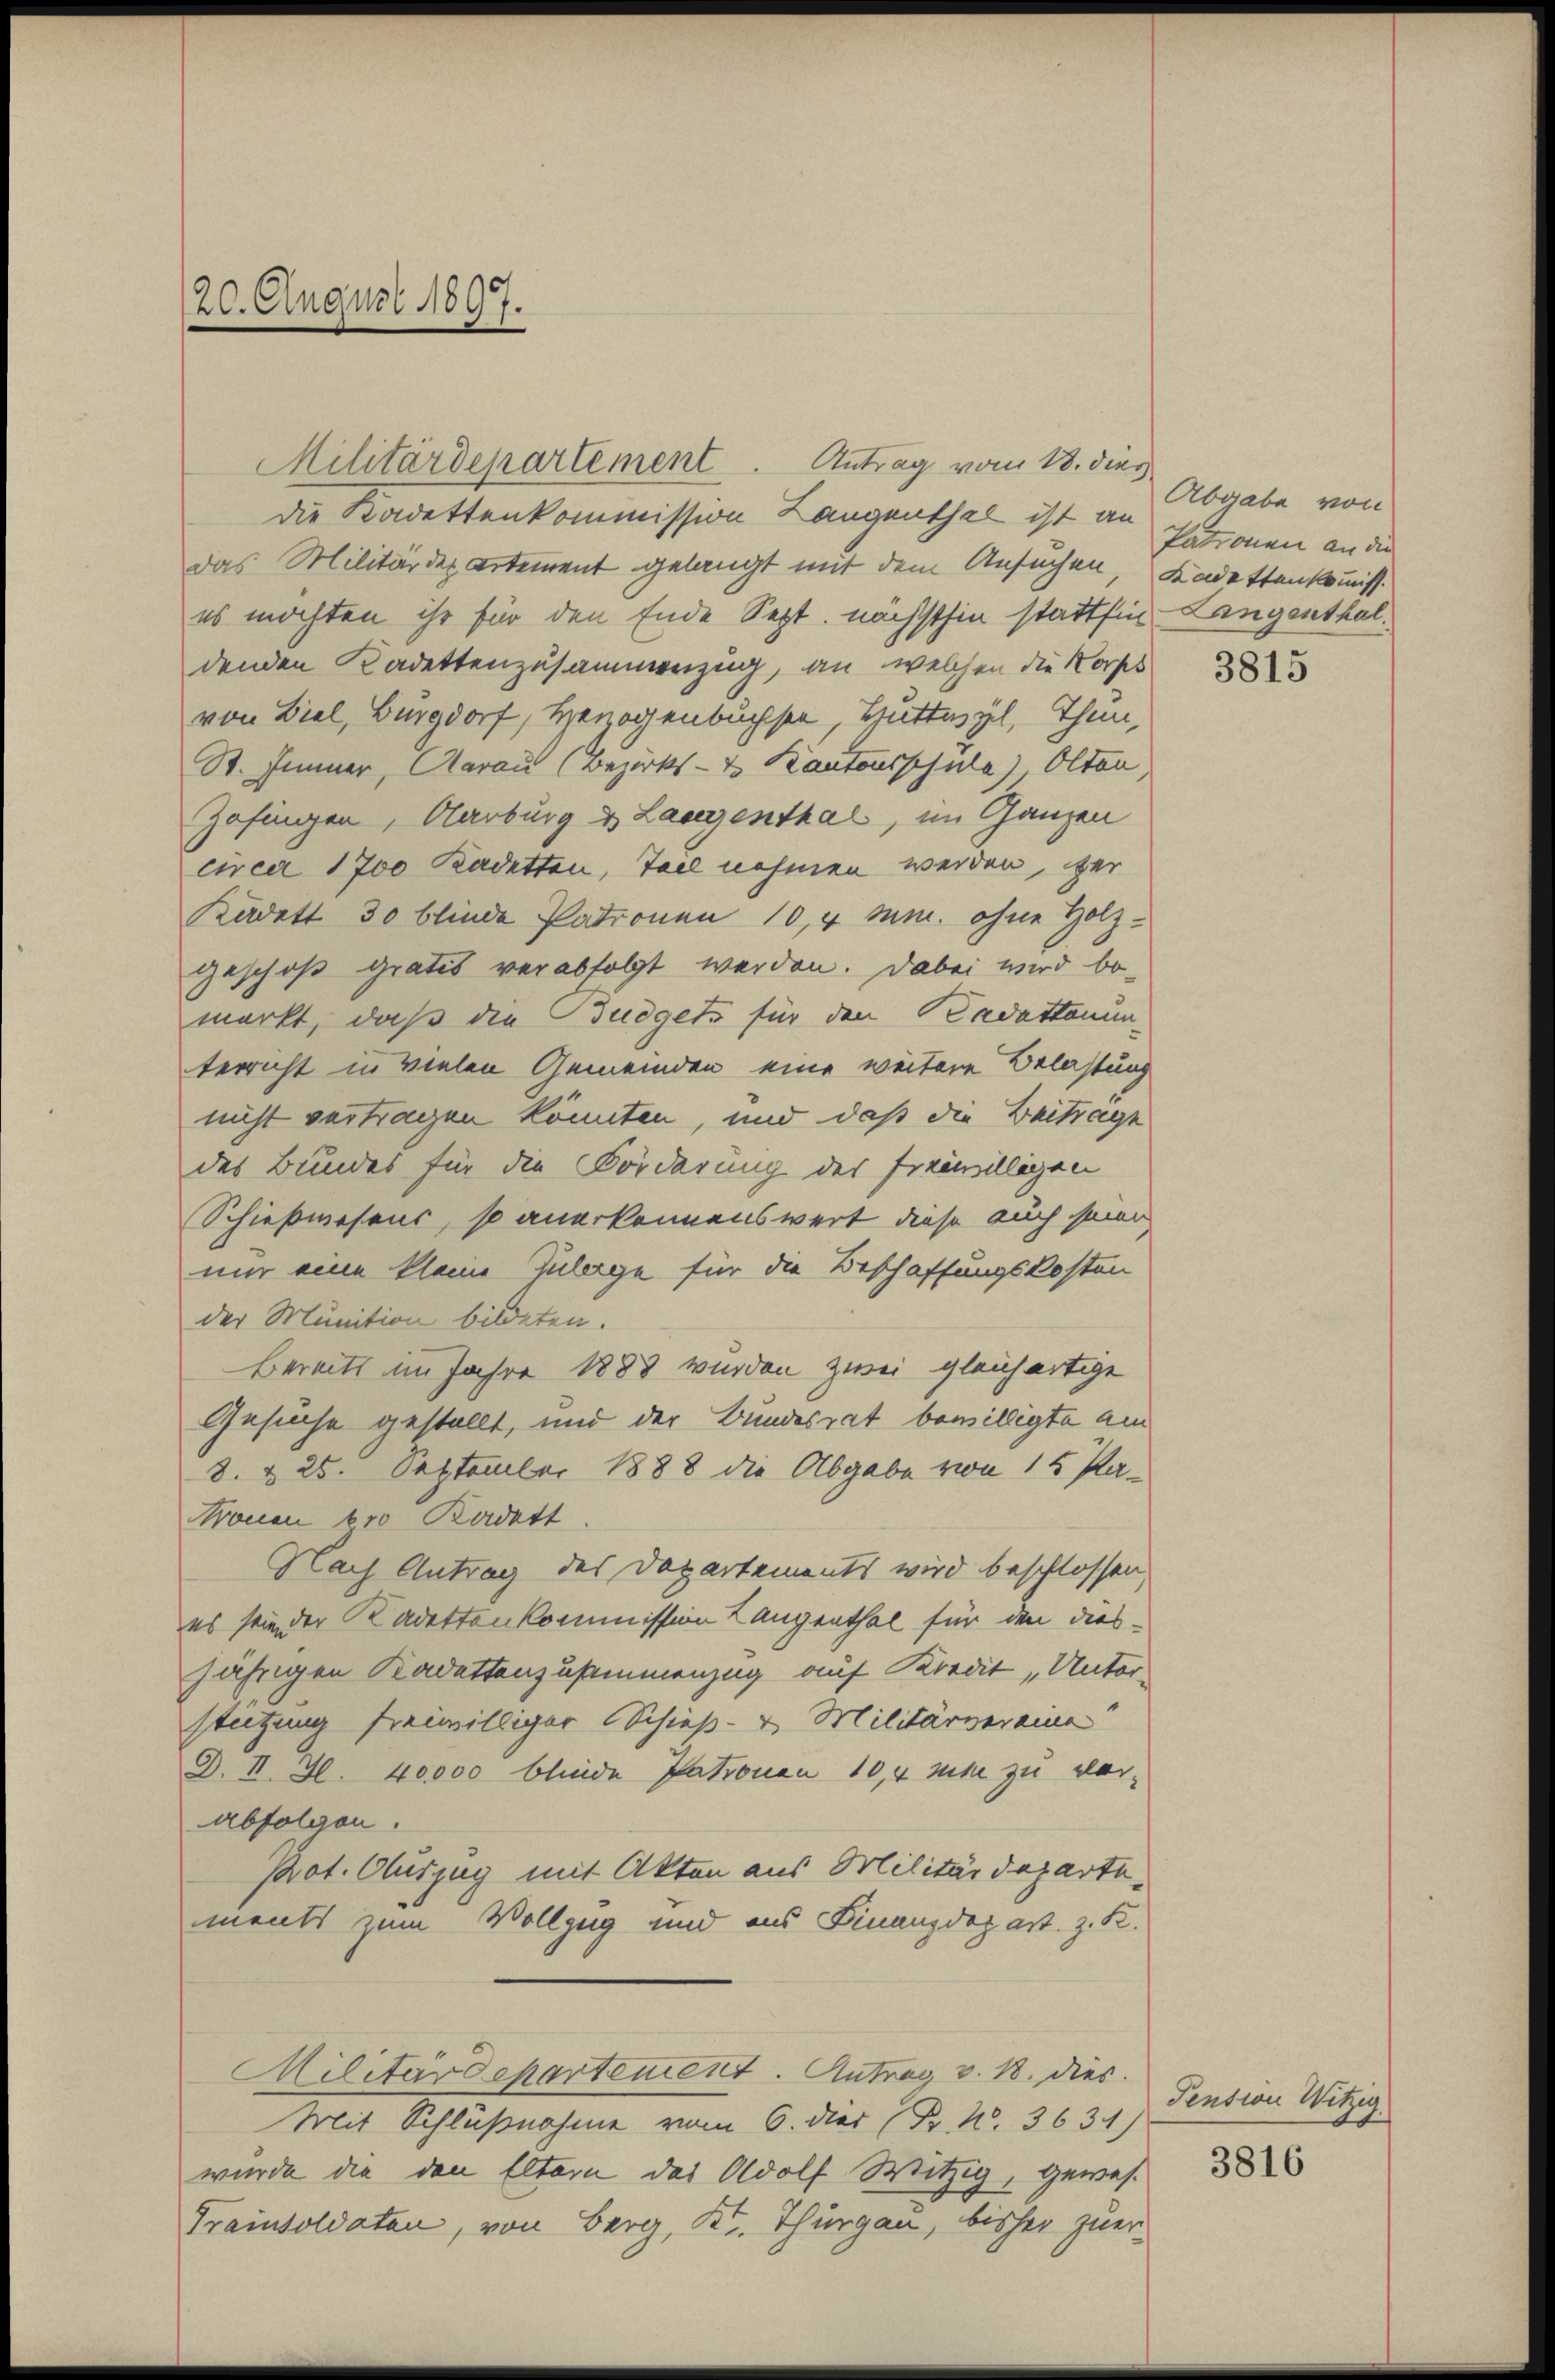
20. August 1897.

die Kadettenkommission Langenthal ist an
Das Militärdepartement gelangt mit dem Ansuchen, Kadettenkommiss
es möchten ihr für den Ende Sept. nächsthin stattfin Langenthaldenden Kadettenzusammenzug, an, welchen die Korps
von Biel, Burgdorf, Herzogenbuchsen, Huttwyl, Thun,
St. Immer, Aarau (Bezirks- & Kantonsschule) Olten
Zofingen, Aarburg & Langenthal, im Ganzen
circa 1700 Kadetten, Tael nehmen werden, zer
Kadett 30 blinde Patronen 10,4 Mn. ohne Holz-
geschoß gratis verabfolgt werden. Dabei wird be-
merkt, daß die Budgets für den Kadattanun-
terricht in vielen Gemeinden eine weitere Belastung
nicht vertragen könnten, und daß die Beitrage
des Bundes für die Förderung des freiwilligen
Schießwesens, so anerkennenswert, diese auch seine
mir eine kleine Zulage für die Beschaffungskosten
der Munition bildeten.
Bereits im Jahre 1888 wurden zwei gleichartige
Gesuche gestellt, und der Bundesrat bewilligte am
8. § 25. September 1888 die Abgabe von 15 Pa¬
Nronen 600 Kadett
Nach Antrag des Departements wird beschlossen,
es sein der Kadettenkommission Langenthal für den dies-
jährigen Kadettenzusammenzug auf Kredit „Unter-
stützung freiwilliger Schieß- u. Militärvereine
D. II. S. 40000 blinde Patronen 10,4 mt zu ver-
abfolgen.
Prot. Auszug mit Akten aus Militärdeparte.
ments zum Vollzug und aus Finanzdepart z. R.
Militärdepartement. Antrag v. R. dies
Mit Schlußnahme vom 6. dies (Fr. N. 3631)
wurde die den Eltern des Adolf Witzig, gewes
Trainsoldaten, von Berg, Kt. Thurgau, bisher zuer¬

Militärdepartement. Antrag vom 18. dies

Abgabe von
Patronen an die

3815

Pension Witzig

3816